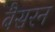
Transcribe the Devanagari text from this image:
बैसरन